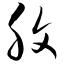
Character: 腹